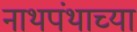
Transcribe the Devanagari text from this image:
नाथपंथाच्या